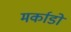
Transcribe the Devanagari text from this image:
मर्काडो